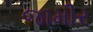
જામીર